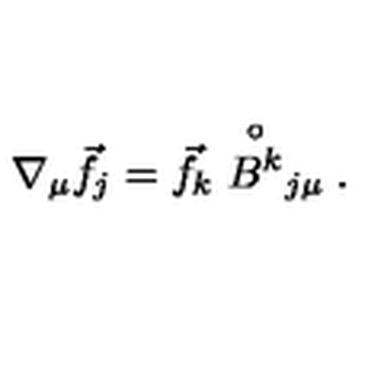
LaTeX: \nabla _ { \mu } \vec { f } _ { j } = \vec { f } _ { k } \stackrel { \circ } { B ^ { k } } _ { j \mu } .